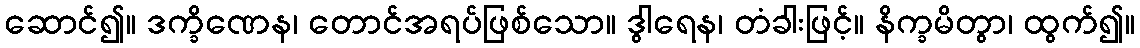
ဆောင်၍။ ဒက္ခိဏေန၊ တောင်အရပ်ဖြစ်သော။ ဒွါရေန၊ တံခါးဖြင့်။ နိက္ခမိတွာ၊ ထွက်၍။